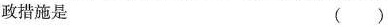
政措施是 （）